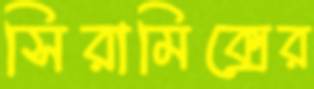
সিরামিক্সের